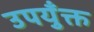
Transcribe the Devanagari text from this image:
उपयुँक्त